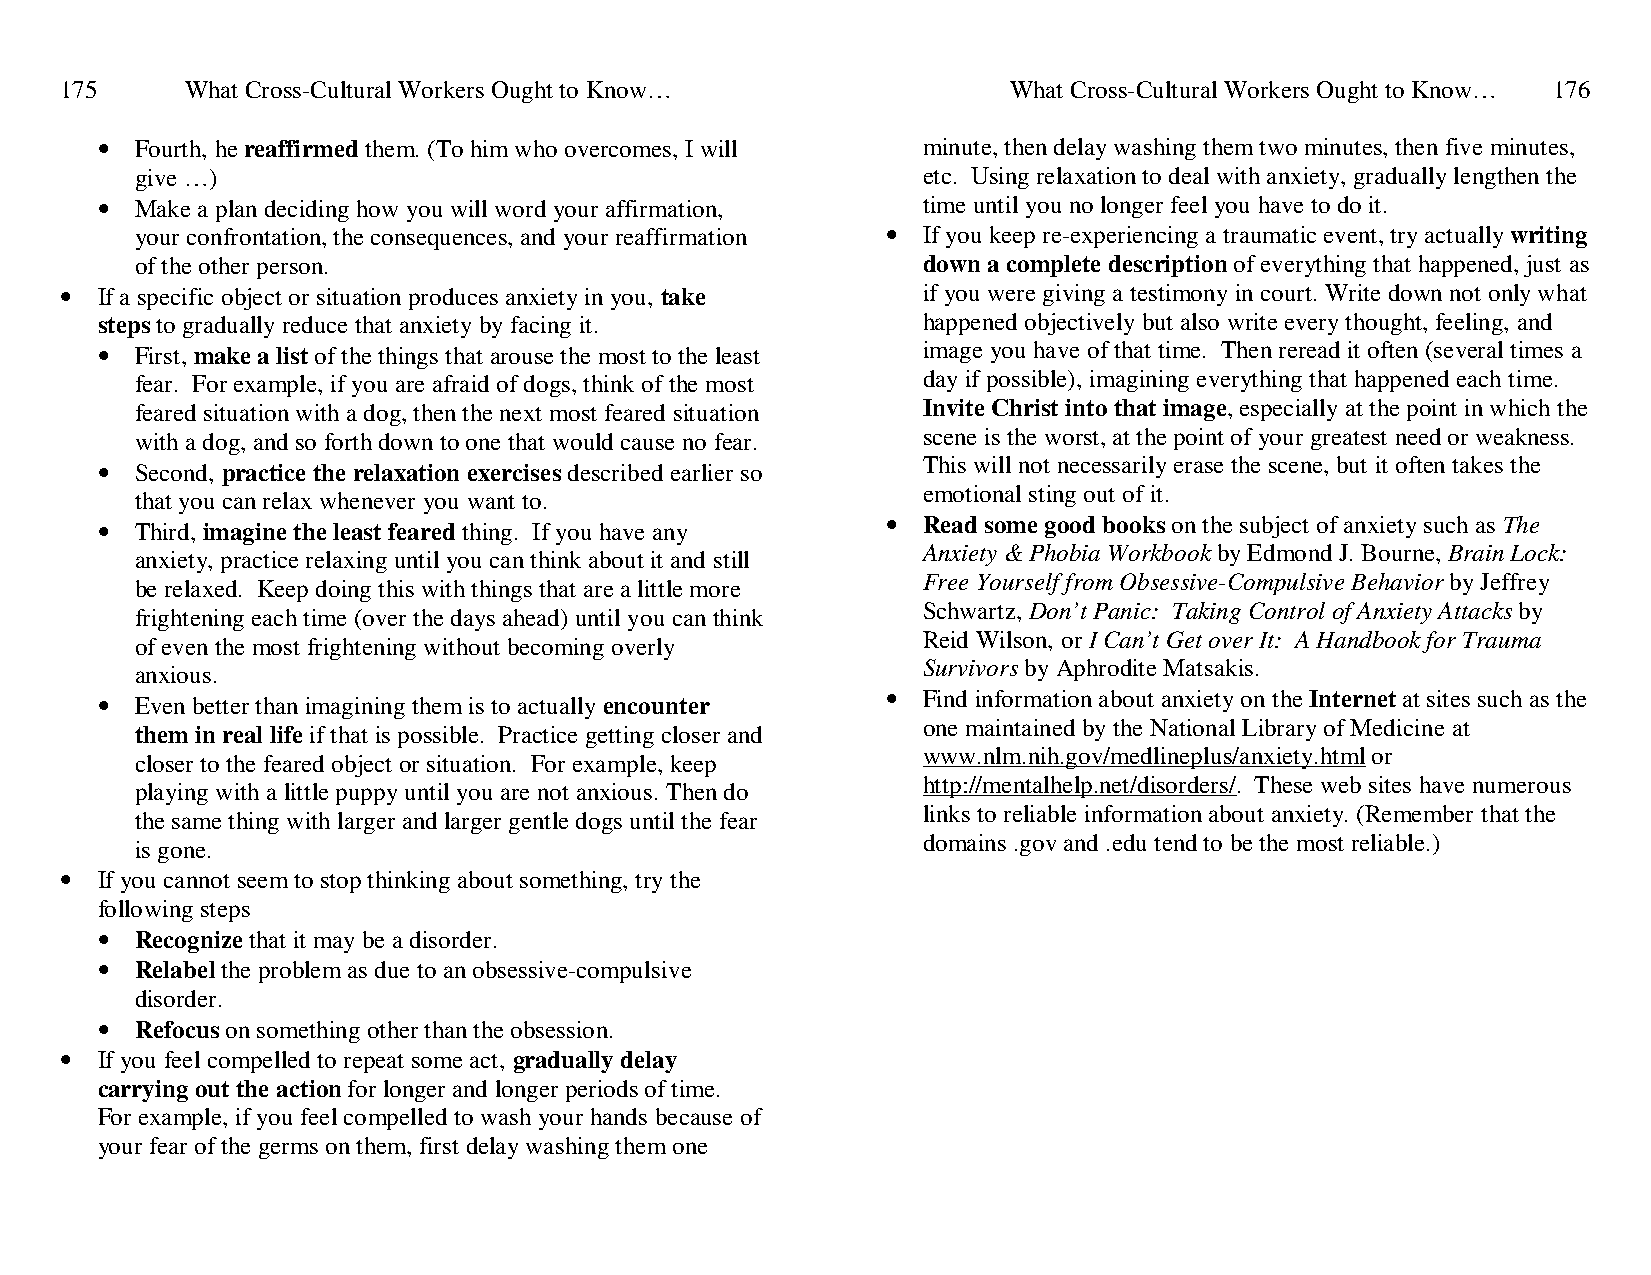
175     What Cross-Cultural Workers Ought to Know…             What Cross-Cultural Workers Ought to Know… 176
 •  Fourth, he reaffirmed them. (To him who overcomes, I will minute, then delay washing them two minutes, then five minutes,
 give …)                                             etc. Using relaxation to deal with anxiety, gradually lengthen the
 •  Make a plan deciding how you will word your affirmation, time until you no longer feel you have to do it.
 your confrontation, the consequences, and your reaffirmation • If you keep re-experiencing a traumatic event, try actually writing
 of the other person.                                down a complete description of everything that happened, just as
 • If a specific object or situation produces anxiety in you, take if you were giving a testimony in court. Write down not only what
 steps to gradually reduce that anxiety by facing it.   happened objectively but also write every thought, feeling, and
 •  First, make a list of the things that arouse the most to the least image you have of that time. Then reread it often (several times a
 fear. For example, if you are afraid of dogs, think of the most day if possible), imagining everything that happened each time.
 feared situation with a dog, then the next most feared situation Invite Christ into that image, especially at the point in which the
 with a dog, and so forth down to one that would cause no fear. scene is the worst, at the point of your greatest need or weakness.
 •  Second, practice the relaxation exercises described earlier so This will not necessarily erase the scene, but it often takes the
 emotional sting out of it.
 that you can relax whenever you want to.
 •  Third, imagine the least feared thing. If you have any • Read some good books on the subject of anxiety such as The
 Anxiety & Phobia Workbook by Edmond J. Bourne, Brain Lock:
 anxiety, practice relaxing until you can think about it and still
 Free Yourself from Obsessive-Compulsive Behavior by Jeffrey
 be relaxed. Keep doing this with things that are a little more
 Schwartz, Don’t Panic: Taking Control of Anxiety Attacks by
 frightening each time (over the days ahead) until you can think
 Reid Wilson, or I Can’t Get over It: A Handbook for Trauma
 of even the most frightening without becoming overly
 Survivors by Aphrodite Matsakis.
 anxious.
 •  Even better than imagining them is to actually encounter • Find information about anxiety on the Internet at sites such as the
 one maintained by the National Library of Medicine at
 them in real life if that is possible. Practice getting closer and
 www.nlm.nih.gov/medlineplus/anxiety.html or
 closer to the feared object or situation. For example, keep
 http://mentalhelp.net/disorders/. These web sites have numerous
 playing with a little puppy until you are not anxious. Then do
 links to reliable information about anxiety. (Remember that the
 the same thing with larger and larger gentle dogs until the fear
 domains .gov and .edu tend to be the most reliable.)
 is gone.
 • If you cannot seem to stop thinking about something, try the
 following steps
 •  Recognize that it may be a disorder.
 •  Relabel the problem as due to an obsessive-compulsive
 disorder.
 •  Refocus on something other than the obsession.
 • If you feel compelled to repeat some act, gradually delay
 carrying out the action for longer and longer periods of time.
 For example, if you feel compelled to wash your hands because of
 your fear of the germs on them, first delay washing them one